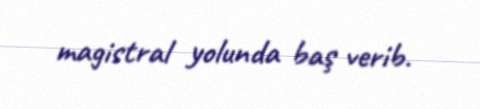
magistral yolunda baş verib.